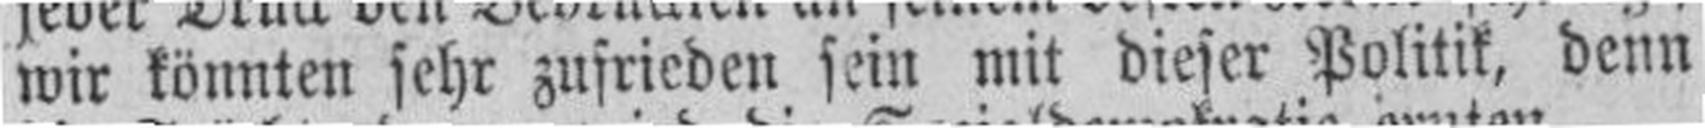
wir könnten sehr zufrieden sein mit dieser Politik, denn